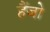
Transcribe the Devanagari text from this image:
हैंजो